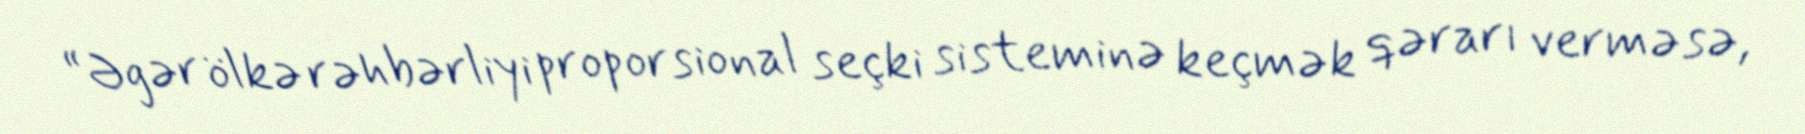
“Əgər ölkə rəhbərliyi proporsional seçki sisteminə keçmək qərarı verməsə,